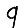
Digit: 9